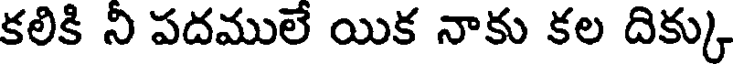
కలికి ని పదములే యిక నాకు కల దిక్కు